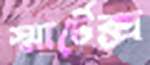
স্মার্টেক্স